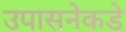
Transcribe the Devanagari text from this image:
उपासनेकडे